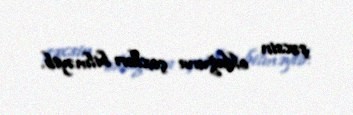
şəxsin olduğunu çoxları bilməyib.